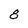
Character: 8